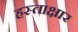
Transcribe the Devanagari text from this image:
हस्ताक्षार